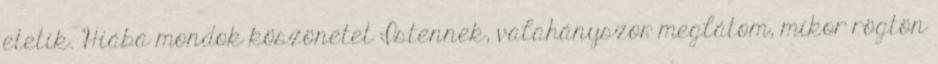
etetik. Hiába mondok köszönetet Istennek, valahányszor meglátom, mikor rögtön